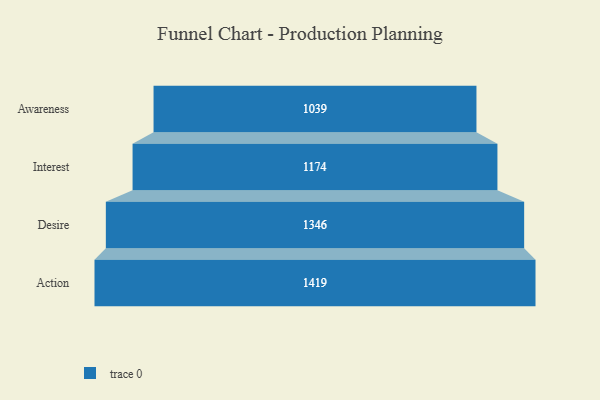
{"axis": {"x": "Stage", "y": "Value"}, "legend": [""], "data": [{"x": "Awareness", "y": 1039.0, "type": ""}, {"x": "Interest", "y": 1174.0, "type": ""}, {"x": "Desire", "y": 1346.0, "type": ""}, {"x": "Action", "y": 1419.0, "type": ""}]}